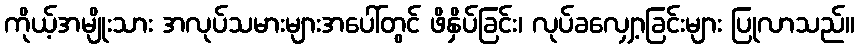
ကိုယ့်အမျိုးသား အလုပ်သမားများအပေါ်တွင် ဖိနှိပ်ခြင်း၊ လုပ်ခလျှော့ခြင်းများ ပြုလာသည်။